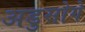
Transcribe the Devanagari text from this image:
अडुसोगे